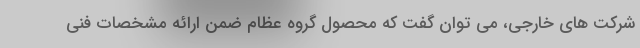
شرکت های خارجی، می توان گفت که محصول گروه عظام ضمن ارائه مشخصات فنی